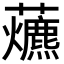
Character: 𧅃